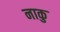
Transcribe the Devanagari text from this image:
नाकु